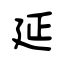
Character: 延